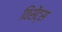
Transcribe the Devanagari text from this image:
विंसेंट्स